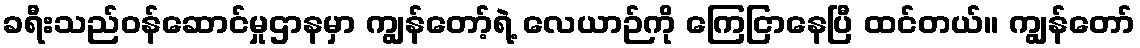
ခရီးသည်ဝန်ဆောင်မှုဌာနမှာ ကျွန်တော့်ရဲ့ လေယာဉ်ကို ကြေငြာနေပြီ ထင်တယ်။ ကျွန်တော်